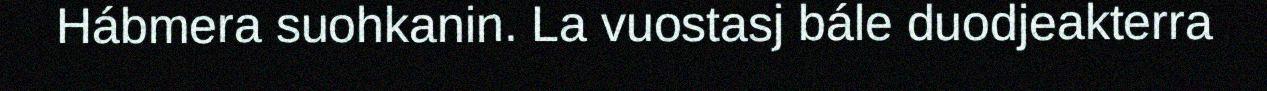
Hábmera suohkanin. La vuostasj bále duodjeakterra